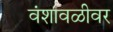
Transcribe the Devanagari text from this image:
वंशावळीवर